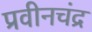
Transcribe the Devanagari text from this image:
प्रवीनचंद्र